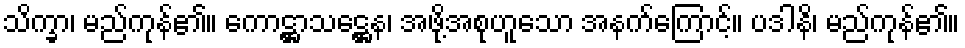
သိက္ခာ၊ မည်ကုန်၏။ ကောဋ္ဌာသဋ္ဌေန၊ အဖို့အစုဟူသော အနက်ကြောင့်။ ပဒါနိ၊ မည်ကုန်၏။